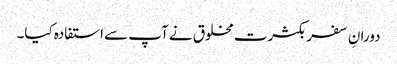
دورانِ سفر بکثرت مخلوق نے آپ سے استفادہ کیا۔